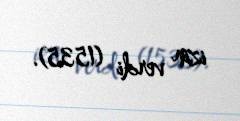
izin verdi (1535).